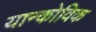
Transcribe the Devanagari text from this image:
यान्कोविक